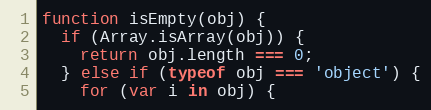
Language: JavaScript
function isEmpty(obj) {
  if (Array.isArray(obj)) {
    return obj.length === 0;
  } else if (typeof obj === 'object') {
    for (var i in obj) {